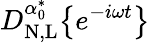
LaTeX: D_{\mathrm{N,L}}^{\alpha_{0}^{*}}\big\{ {e^{-i\omega t}\big\} }